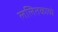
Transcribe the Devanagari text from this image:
ललितकाव्ये